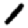
Digit: 1